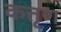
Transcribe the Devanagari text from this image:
कत्तृण